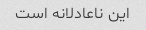
این ناعادلانه است